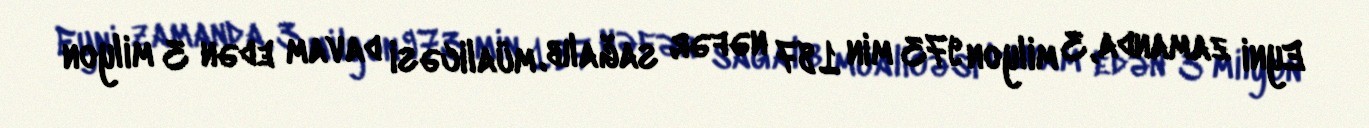
Eyni zamanda, 3 milyon 973 min 187 nəfər sağalıb, müalicəsi davam edən 3 milyon